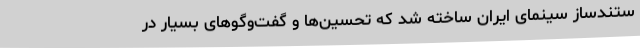
ستند‌ساز سینمای ایران ساخته شد که تحسین‌ها و گفت‌و‌گوهای بسیار در